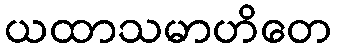
ယထာသမာဟိတေ